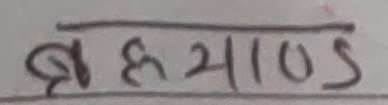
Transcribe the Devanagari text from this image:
ब्रह्माण्ड